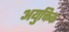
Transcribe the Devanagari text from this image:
अयुक्तिक